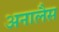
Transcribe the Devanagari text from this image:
अनालैस